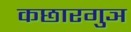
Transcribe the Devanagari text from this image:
कछारगुञ